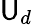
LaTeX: \mathsf{U}_{d}